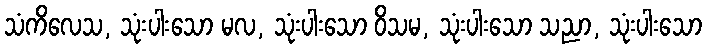
သံကိလေသ, သုံးပါးသော မလ, သုံးပါးသော ဝိသမ, သုံးပါးသော သညာ, သုံးပါးသော